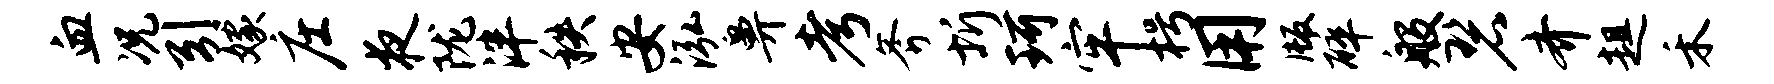
血况引嫁庄夜陇泮秩安泓鼻考斧圻珂牢枵用版碎般碧齐趄禾